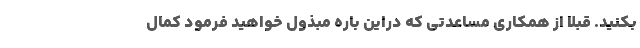
بکنید. قبلا از همکاری مساعدتی که دراین باره مبذول خواهید فرمود کمال